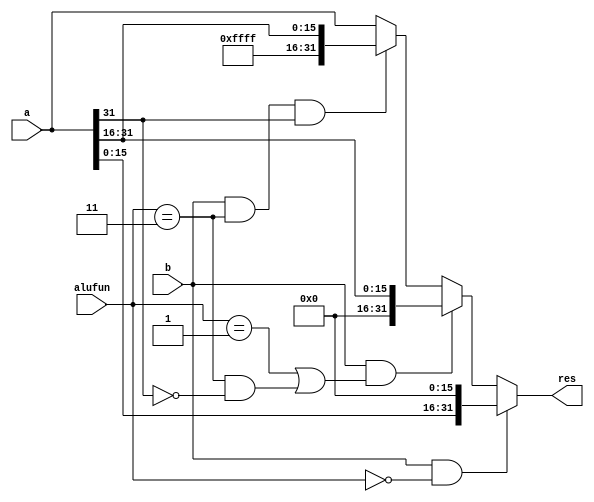
//SHIFT.v
module SHIFT_16(a,alufun,b,res);//a????b????

input [31:0]a;
input [1:0]alufun;
input b;
output [31:0]res;

assign res=(b==1&alufun==2'b00)?{a[15:0],16'h0000}:
           (b==1&((alufun==2'b01)|(alufun==2'b11&a[31]==0)))?{16'h0000,a[31:16]}:
           (b==1&alufun==2'b11&a[31]==1)?{16'hFFFF,a[31:16]}:
           a;

endmodule

module SHIFT_8(a,alufun,b,res);//a????b????

input [31:0]a;
input [1:0]alufun;
input b;
output [31:0]res;

assign res=(b==1&alufun==2'b00)?{a[23:0],8'h00}:
           (b==1&((alufun==2'b01)|(alufun==2'b11&a[31]==0)))?{8'h00,a[31:8]}:
           (b==1&alufun==2'b11&a[31]==1)?{8'hFF,a[31:8]}:
           a;

endmodule

module SHIFT_4(a,alufun,b,res);//a????b????

input [31:0]a;
input [1:0]alufun;
input b;
output [31:0]res;

assign res=(b==1&alufun==2'b00)?{a[27:0],4'h0}:
           (b==1&((alufun==2'b01)|(alufun==2'b11&a[31]==0)))?{4'h0,a[31:4]}:
           (b==1&alufun==2'b11&a[31]==1)?{4'hF,a[31:4]}:
           a;

endmodule

module SHIFT_2(a,alufun,b,res);//a????b????

input [31:0]a;
input [1:0]alufun;
input b;
output [31:0]res;

assign res=(b==1&alufun==2'b00)?{a[29:0],2'b00}:
           (b==1&((alufun==2'b01)|(alufun==2'b11&a[31]==0)))?{2'b00,a[31:2]}:
           (b==1&alufun==2'b11&a[31]==1)?{2'b11,a[31:2]}:
           a;

endmodule

module SHIFT_1(a,alufun,b,res);//a????b????

input [31:0]a;
input [1:0]alufun;
input b;
output [31:0]res;

assign res=(b==1&alufun==2'b00)?{a[30:0],1'b0}:
           (b==1&((alufun==2'b01)|(alufun==2'b11&a[31]==0)))?{1'b0,a[31:1]}:
           (b==1&alufun==2'b11&a[31]==1)?{1'b1,a[31:1]}:
           a;

endmodule

module Shift(A,B,ctrl,Shift_result);//a????b????

input [31:0]A,B;
input [1:0]ctrl;
output [31:0]Shift_result;

wire [31:0] res1,res2,res3,res4;

SHIFT_16 shift_16(.a(B),.alufun(ctrl),.b(A[4]),.res(res1));
SHIFT_8 shift_8(.a(res1),.alufun(ctrl),.b(A[3]),.res(res2));
SHIFT_4 shift_4(.a(res2),.alufun(ctrl),.b(A[2]),.res(res3));
SHIFT_2 shift_2(.a(res3),.alufun(ctrl),.b(A[1]),.res(res4));
SHIFT_1 shift_1(.a(res4),.alufun(ctrl),.b(A[0]),.res(Shift_result));

endmodule